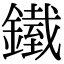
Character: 𨬿